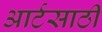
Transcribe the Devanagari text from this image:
आर्टसाठी